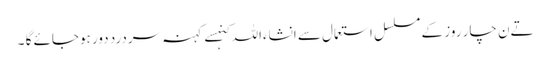
تےن چار روز کے مسلسل استعمال سے انشاءاللہ کنہسے کہنہ سردرد دور ہوجائے گا ۔